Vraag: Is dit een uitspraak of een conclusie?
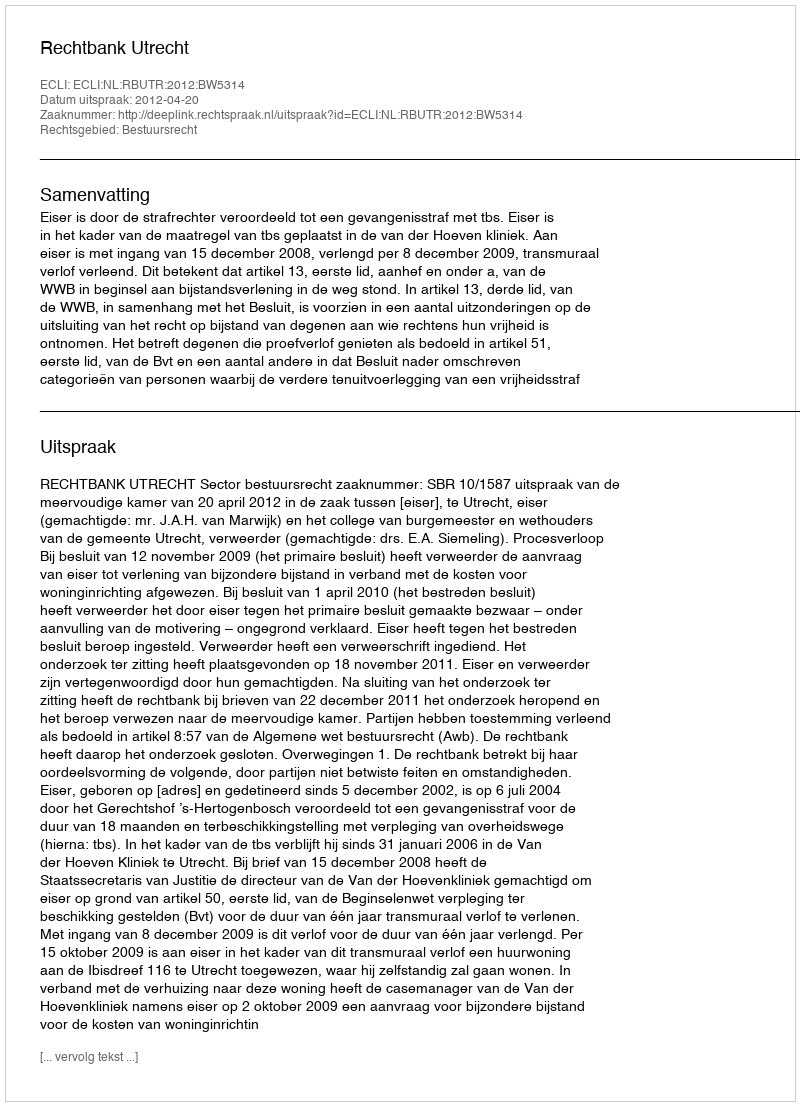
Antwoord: Uitspraak